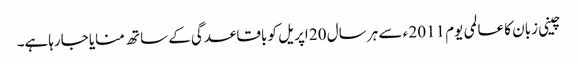
چینی زبان کا عالمی یوم 2011 ء سے ہر سال 20 اپریل کو باقاعدگی کے ساتھ منایا جارہاہے۔